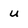
Character: u